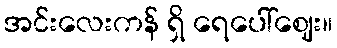
အင်းလေးကန် ရှိ ရေပေါ်ဈေး။